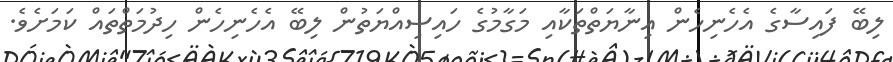
ލިބޭ ފައިސާގެ އެހެނިހެން އިނާޔަތްތަކާއި މަގާމުގެ ހައިސިއްޔަތުން ލިބޭ އެހެނިހެން ހިދުމަތްތައް ކަމަށެވެ.